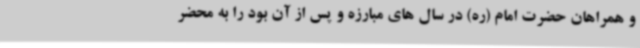
و همراهان حضرت امام (ره) در سال های مبارزه و پس از آن بود را به محضر